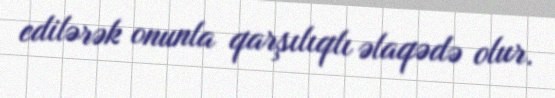
edilərək onunla qarşılıqlı əlaqədə olur.